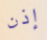
إذن